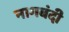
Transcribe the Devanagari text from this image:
नागबंदी